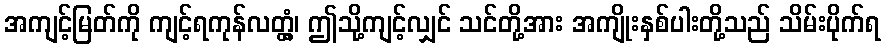
အကျင့်မြတ်ကို ကျင့်ရကုန်လတ္တံ့၊ ဤသို့ကျင့်လျှင် သင်တို့အား အကျိုးနှစ်ပါးတို့သည် သိမ်းပိုက်ရ